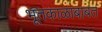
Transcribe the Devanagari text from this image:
भूतकाळाबाबत